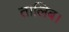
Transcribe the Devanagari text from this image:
तालिब।